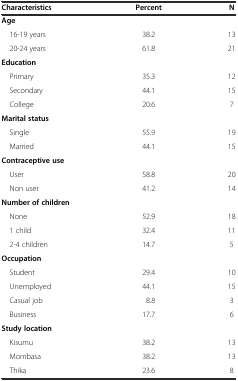
| Characteristics | Percent | N |
 | --- | --- | --- |
 | Age |  |  |
 | 16-19 years | 38.2 | 13 |
 | 20-24 years | 61.8 | 21 |
 | Education |  |  |
 | Primary | 35.3 | 12 |
 | Secondary | 44.1 | 15 |
 | College | 20.6 | 7 |
 | Marital status |  |  |
 | Single | 55.9 | 19 |
 | Married | 44.1 | 15 |
 | Contraceptive use |  |  |
 | User | 58.8 | 20 |
 | Non user | 41.2 | 14 |
 | Number of children |  |  |
 | None | 52.9 | 18 |
 | 1 child | 32.4 | 11 |
 | 2-4 children | 14.7 | 5 |
 | Occupation |  |  |
 | Student | 29.4 | 10 |
 | Unemployed | 44.1 | 15 |
 | Casual job | 8.8 | 3 |
 | Business | 17.7 | 6 |
 | Study location |  |  |
 | Kisumu | 38.2 | 13 |
 | Mombasa | 38.2 | 13 |
 | Thika | 23.6 | 8 |